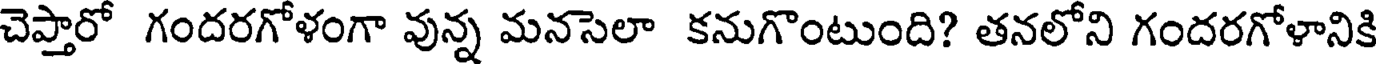
చెప్తారో గందరగోళంగా వున్న మనసెలా కనుగొంటుంది? తనలోని గందరగోళానికి